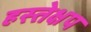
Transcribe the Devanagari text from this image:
हस्तेक्षप